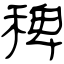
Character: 稗